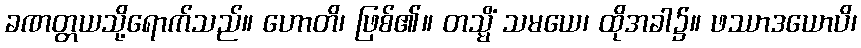
ခဏတ္တယသို့ရောက်သည်။ ဟောတိ၊ ဖြစ်၏။ တသ္မိံ သမယေ၊ ထိုအခါ၌။ ဖဿာဒယောပိ၊